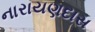
નારાયણદાસ